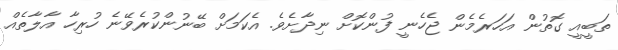
ތަބީއީ ގޮތުން އަހަރެމެން ޖެހެނީ ފުންކޮށް ނިދާށެވެ. އެކަމަށް ބޭނުންކުރެވޭނެ ހުރިހާ އާލާތެއް